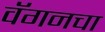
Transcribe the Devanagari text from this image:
वॅगनचा